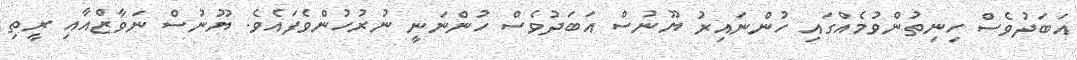
އަބަދުވެސް ހިނިތުންވުމެއްގައި ހުންނައިރު ޔޫނުސް އަބަދުވެސް ހުންނަނީ ނުރުހުންވެފައެވެ. ޔޫނުސް ނަވާޒްއާއި ރީތި